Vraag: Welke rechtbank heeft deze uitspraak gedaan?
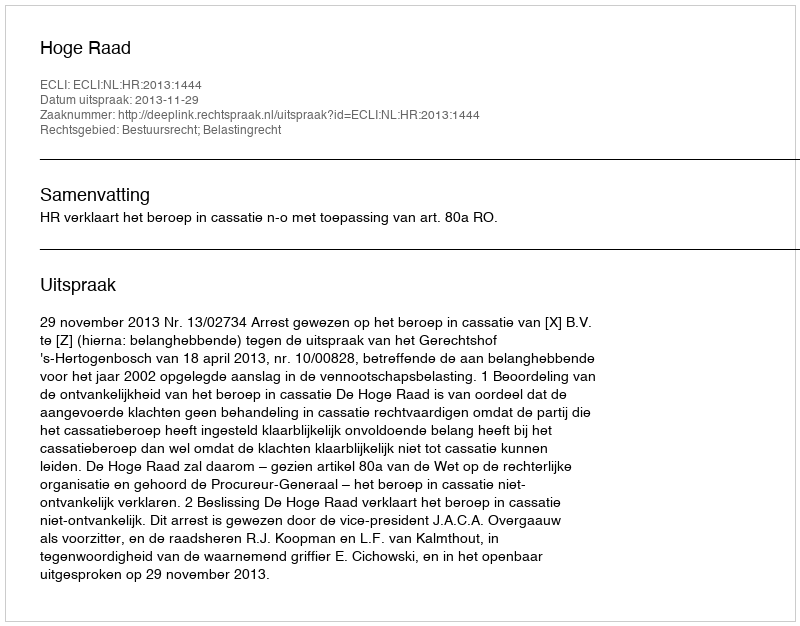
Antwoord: Hoge Raad